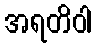
အရတိဝါ